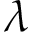
\lambda